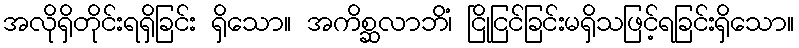
အလိုရှိတိုင်းရရှိခြင်း ရှိသော။ အကိစ္ဆလာဘိံ၊ ငြိုငြင်ခြင်းမရှိသဖြင့်ရခြင်းရှိသော။